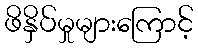
ဖိနှိပ်မှုများကြောင့်